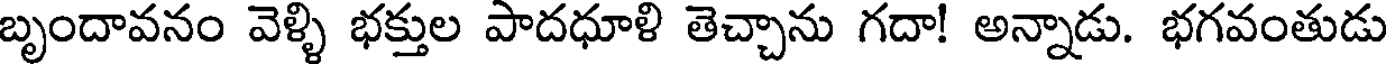
బృందావనం వెళ్ళి భక్తుల పాదధూళి తెచ్చాను గదా! అన్నాడు. భగవంతుడు